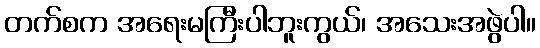
တက်စက အရေးမကြီးပါဘူးကွယ်၊ အသေးအဖွဲပါ။